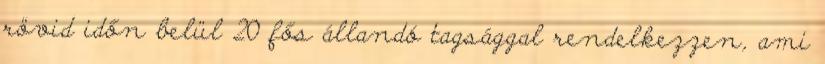
rövid időn belül 20 fős állandó tagsággal rendelkezzen, ami